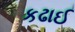
કઢાઈ